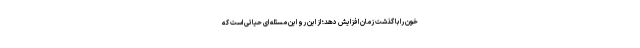
خون را با گذشت زمان افزایش دهد؛ از این رو این مسئله ای حیاتی است که